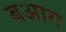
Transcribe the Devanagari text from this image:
बआग